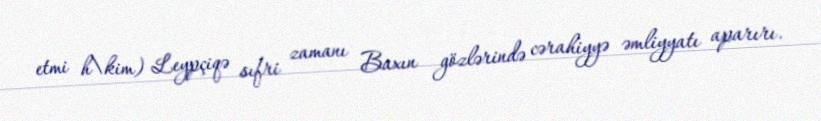
etmi h\kim) Leypçiqə sıfri zamanı Baxın gözlərində cərahiyyə əmliyyatı aparırı.